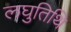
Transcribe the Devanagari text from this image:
लघुतिथि